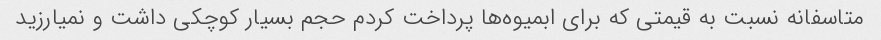
متاسفانه نسبت به قیمتى که براى ابمیوه‌ها پرداخت کردم حجم بسیار کوچکى داشت و نمیارزید